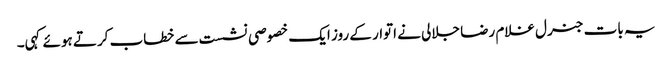
یہ بات جنرل غلام رضا جلالی نے اتوار کے روز ایک خصوصی نشست سے خطاب کرتے ہوئے کہی۔